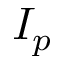
I _ { p }